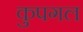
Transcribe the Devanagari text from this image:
कुपगल